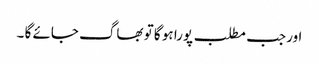
اور جب مطلب پورا ہو گا تو بھاگ جائے گا ۔